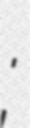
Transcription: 新華;